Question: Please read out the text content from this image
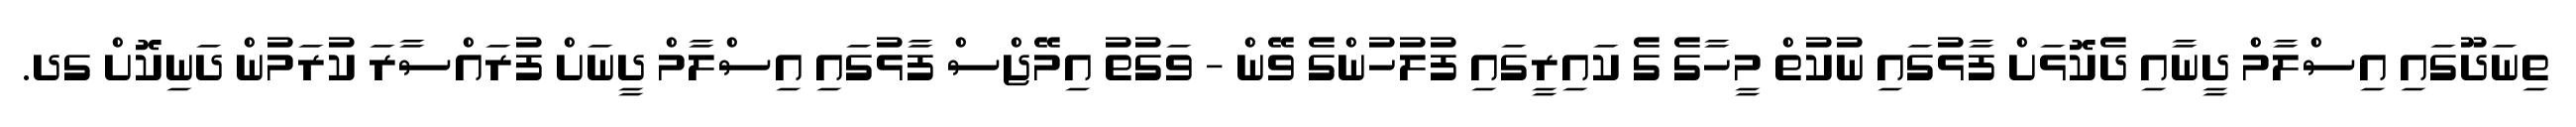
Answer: ތިނަދޫގައި އިސްލާމް ދީނާއި ދެކޮޅަށް ފާޅުގައި ނުކުތް މީހާގެ ގެ ކައިރީގައި ފުލުހުންގެ ވޭން - ވަގުތު އިމޭޖްސް ފާޅުގައި އިސްލާމް ދީނަށް ފުރައްސާރަ ކުރަމުން ދަނިކޮށް ގދ.